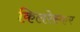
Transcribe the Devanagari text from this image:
किलरेस्कर